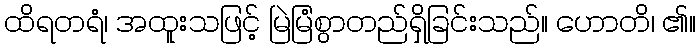
ထိရတရံ၊ အထူးသဖြင့် မြဲမြံစွာတည်ရှိခြင်းသည်။ ဟောတိ၊ ၏။